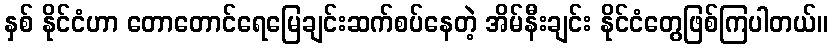
နှစ် နိုင်ငံဟာ တောတောင်ရေမြေချင်းဆက်စပ်နေတဲ့ အိမ်နီးချင်း နိုင်ငံတွေဖြစ်ကြပါတယ်။